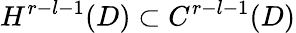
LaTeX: H^{r-l-1}(D)\subset C^{r-l-1}(D)